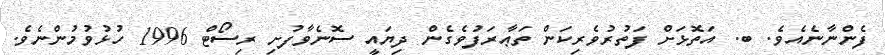
ފެންނާނެއެވެ. ބ. އަތޮޅަށް ފަތުރުވެރިކަން ތަޢާރަފުވެގެން ދިޔައީ ސޮނެވާފުށި ރިސޯޓް 1996 ހުޅުވުމުންނެވެ.